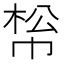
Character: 𢃪